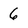
Character: 6